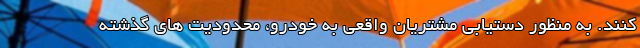
کنند. به منظور دستیابی مشتریان واقعی به خودرو، محدودیت های گذشته